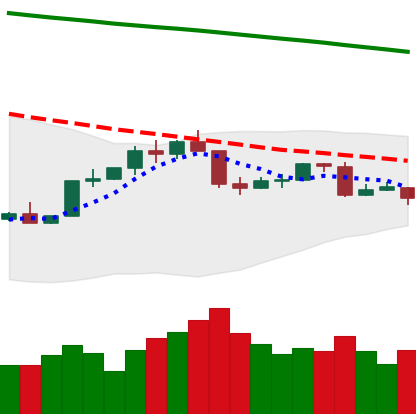
Ticker: TRX-USD
Chart end date: 2022-02-20
Forward return: -4.141%
Label: down_3_5